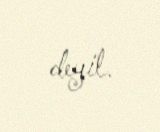
deyil.